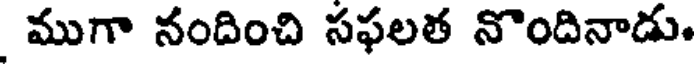
ముగా నందించి సఫలత నొందినాడు.